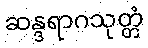
ဆန္ဒရာဂသုတ္တံ